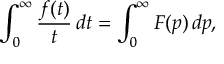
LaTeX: \int _ { 0 } ^ { \infty } { \frac { f ( t ) } { t } } \, d t = \int _ { 0 } ^ { \infty } F ( p ) \, d p ,